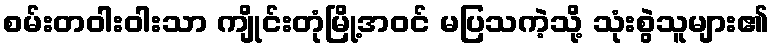
စမ်းတဝါးဝါးသာ ကျိုင်းတုံမြို့အဝင် မပြသကဲ့သို့ သုံးစွဲသူများ၏